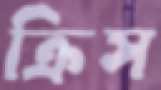
ক্রিস